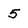
Character: 5